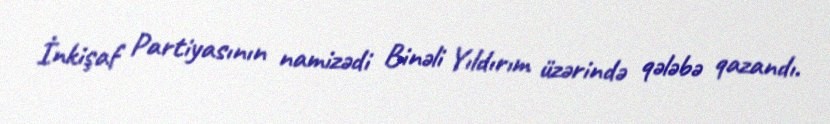
İnkişaf Partiyasının namizədi Binəli Yıldırım üzərində qələbə qazandı.